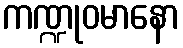
ကဏ္ဍုဝမာနော